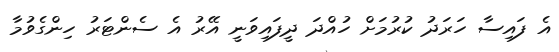
އެ ފައިސާ ހަރަދު ކުރުމަށް ހުއްދަ ދީފައިވަނީ އޭރު އެ ސެންޓަރު ހިންގެވުމާ